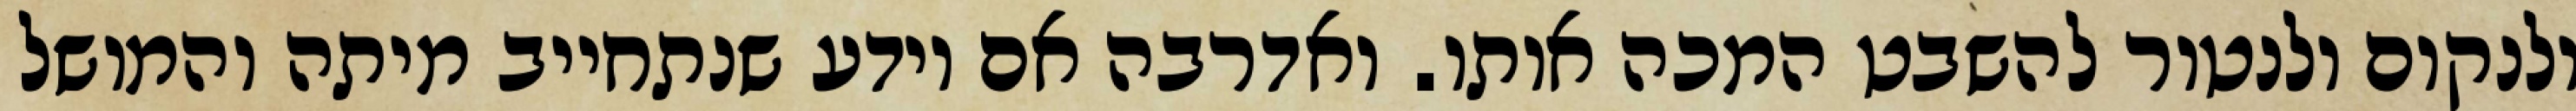
ולנקום ולנטור להשבט המכה אותו. ואדרבה אם יודע שנתחייב מיתה והמושל